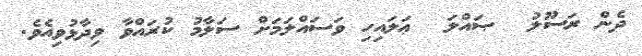
ދެންް ރަސޫލު  ޞައްލަ  ޢަލައިހި ވަސައްލަމަށް ސަލާމު ކުރައްވާ ވިދާޅުވިއެވެ.